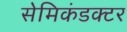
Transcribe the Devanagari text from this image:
सेमिकंडक्टर